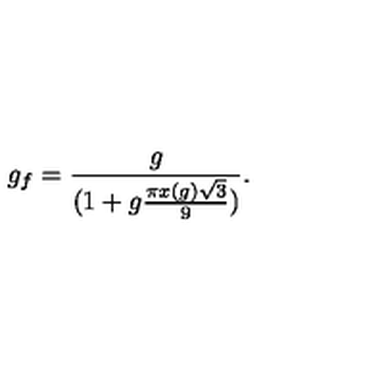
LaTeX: g _ { f } = { \frac { g } { ( 1 + g { \frac { \pi x ( g ) \sqrt { 3 } } { 9 } } ) } } .